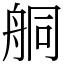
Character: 𦨴